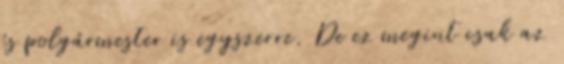
és polgármester is egyszerre. De ez megint csak az